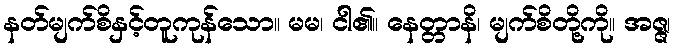
နတ်မျက်စိနှင့်တူကုန်သော။ မမ၊ ငါ၏။ နေတ္တာနိ၊ မျက်စိတို့ကို။ အဇ္ဇ၊